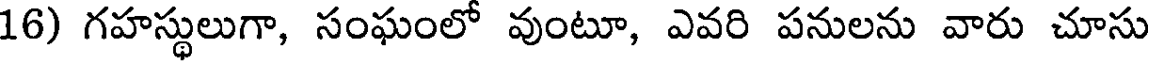
16) గహస్థులుగా, సంఘంలో వుంటూ, ఎవరి పనులను వారు చూసు